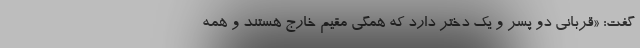
گفت: «قربانی دو پسر و یک دختر دارد که همگی مقیم خارج هستند و همه